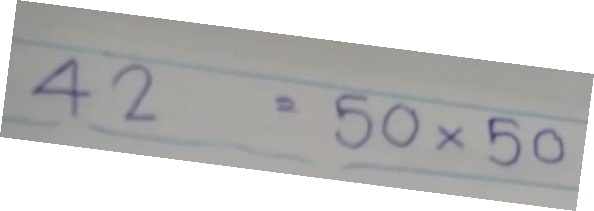
42 = 50x50